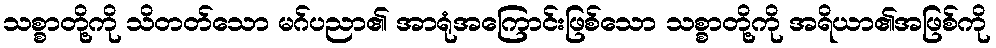
သစ္စာတို့ကို သိတတ်သော မဂ်ပညာ၏ အာရုံအကြောင်းဖြစ်သော သစ္စာတို့ကို အရိယာ၏အဖြစ်ကို